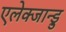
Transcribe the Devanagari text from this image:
एलेक्जान्ड्रु